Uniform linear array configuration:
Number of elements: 48
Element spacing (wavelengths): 0.25
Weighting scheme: binomial
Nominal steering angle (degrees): -45
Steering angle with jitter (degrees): -46.135
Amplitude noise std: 0.05
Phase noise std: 0.05

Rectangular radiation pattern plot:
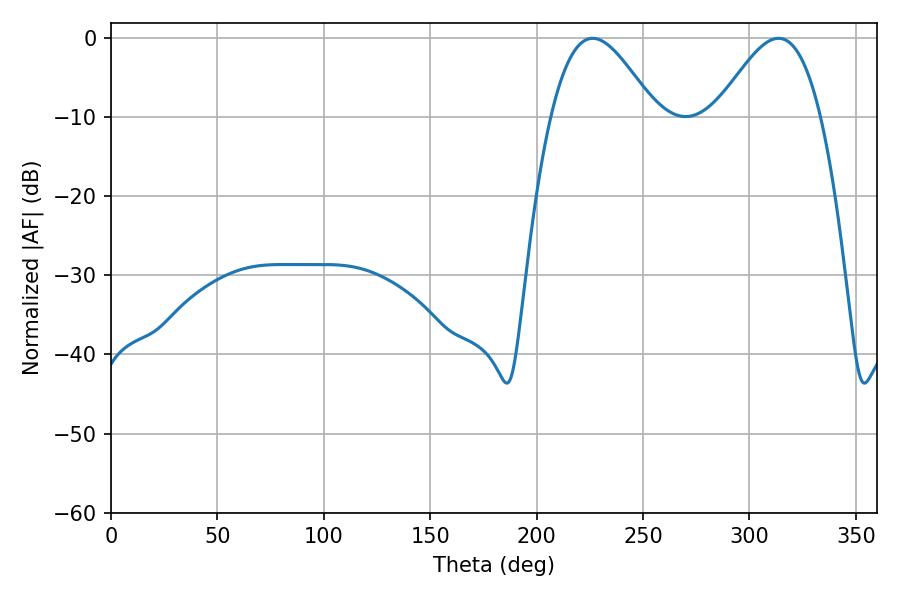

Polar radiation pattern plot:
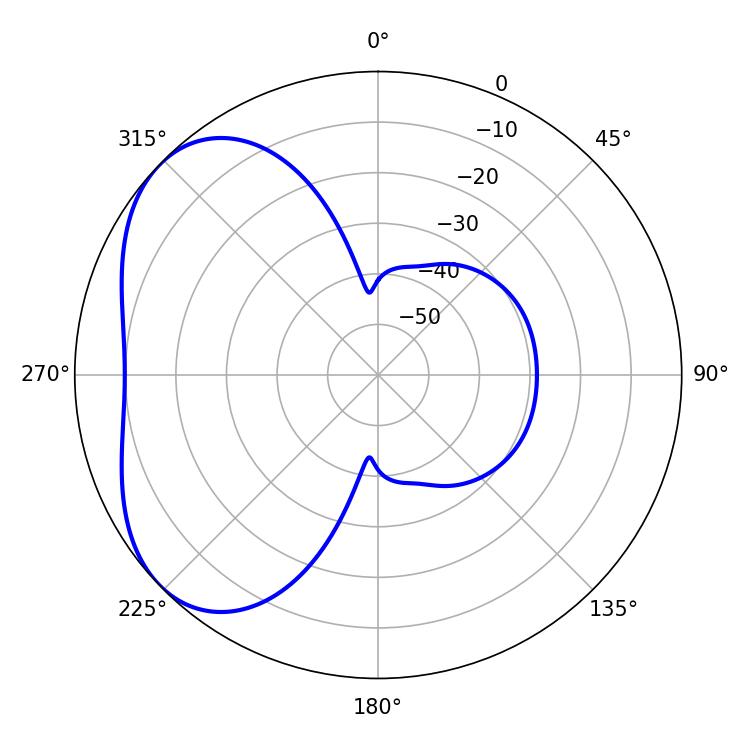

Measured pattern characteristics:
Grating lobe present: FALSE
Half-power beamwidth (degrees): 26.28
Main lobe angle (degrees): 226.26